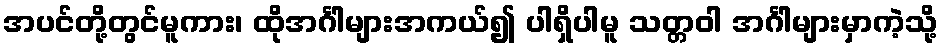
အပင်တို့တွင်မူကား၊ ထိုအင်္ဂါများအကယ်၍ ပါရှိပါမူ သတ္တဝါ အင်္ဂါများမှာကဲ့သို့